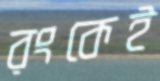
রংকেই